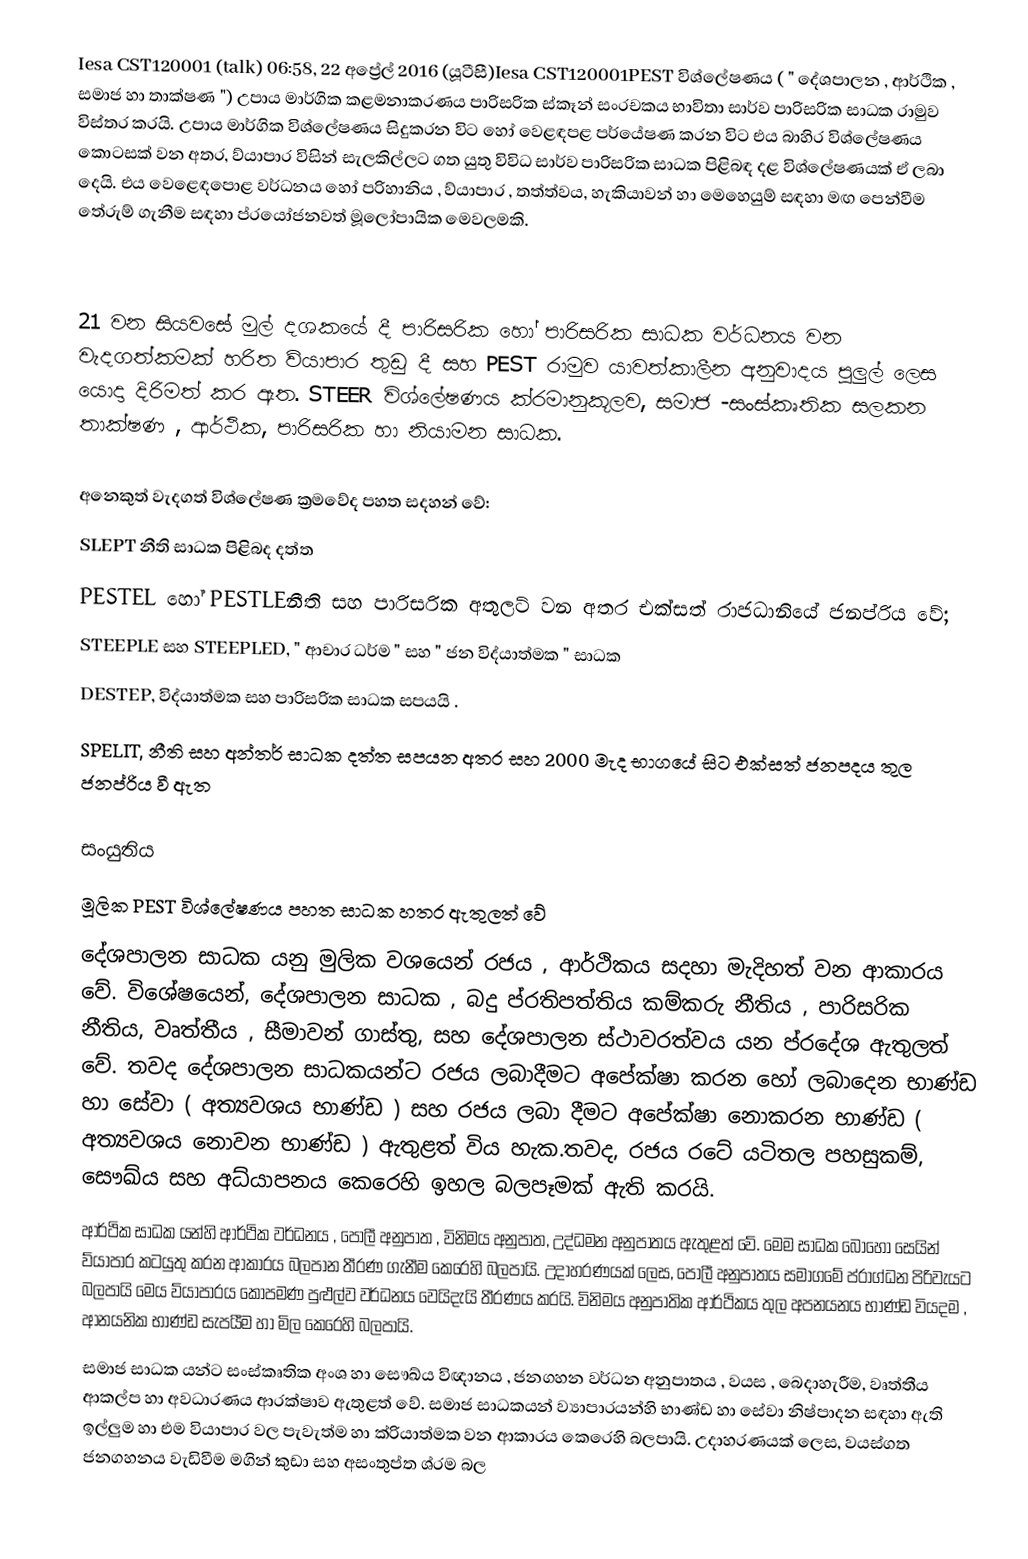
Iesa CST120001 (talk) 06:58, 22 අප්‍රේල් 2016 (යූටීසී)Iesa CST120001PEST විශ්ලේෂණය ( " දේශපාලන , ආර්ථික , සමාජ හා තාක්ෂණ ") උපාය මාර්ගික කළමනාකරණය පාරිසරික ස්කෑන් සංරචකය භාවිතා සාර්ව පාරිසරික සාධක රාමුව විස්තර කරයි. උපාය මාර්ගික විශ්ලේෂණය සිදුකරන විට  හෝ වෙළඳපළ පර්යේෂණ කරන විට එය බාහිර විශ්ලේෂණය කොටසක් වන අතර, ව්යාපාර විසින් සැලකිල්ලට ගත යුතු විවිධ සාර්ව පාරිසරික සාධක පිළිබඳ දළ විශ්ලේෂණයක්  ඒ ලබා දෙයි. එය වෙළෙඳපොළ වර්ධනය හෝ පරිහානිය , ව්යාපාර , තත්ත්වය, හැකියාවන් හා මෙහෙයුම් සඳහා මඟ පෙන්වීම තේරුම් ගැනීම සඳහා ප්රයෝජනවත් මූලෝපායික මෙවලමකි.

 

21 වන සියවසේ මුල් දශකයේ දී පාරිසරික හෝ පාරිසරික සාධක වර්ධනය වන වැදගත්කමක් හරිත ව්යාපාර තුඩු දී සහ PEST රාමුව යාවත්කාලීන අනුවාදය පුලුල් ලෙස යොදා දිරිමත් කර ඇත. STEER විශ්ලේෂණය ක්රමානුකූලව, සමාජ -සංස්කෘතික සලකන තාක්ෂණ , ආර්ථික, පාරිසරික හා නියාමන සාධක.  

අනෙකුත් වැදගත් විශ්ලේෂණ ක්‍රමවේද  පහත සදහන් වේ: 
 SLEPT නීති සාධක පිළිබද දත්ත
 PESTEL හෝ PESTLEනීති සහ පාරිසරික අතුලට් වන අතර එක්සත් රාජධානියේ ජනප්රිය වේ;
 STEEPLE සහ STEEPLED, " ආචාර ධර්ම " සහ " ජන විද්යාත්මක " සාධක
 DESTEP, විද්යාත්මක සහ පාරිසරික සාධක සපයයි .
 SPELIT, නීති සහ අන්තර් සාධක දත්ත  සපයන අතර  සහ 2000 මැද භාගයේ  සිට එක්සත් ජනපදය තුල ජනප්රිය වී ඇත

සංයුතිය
මූලික PEST විශ්ලේෂණය  පහත සාධක හතර ඇතුලත් වේ
 දේශපාලන සාධක  යනු  මුලික වශයෙන් රජය , ආර්ථිකය සදහා  මැදිහත් වන ආකාරය වේ. විශේෂයෙන්, දේශපාලන සාධක , බදු ප්රතිපත්තිය කම්කරු නීතිය , පාරිසරික නීතිය, වෘත්තීය , සීමාවන් ගාස්තු, සහ දේශපාලන ස්ථාවරත්වය යන ප්රදේශ ඇතුලත් වේ. තවද දේශපාලන සාධකයන්ට​​ රජය ලබාදීමට අපේක්ෂා කරන  හෝ ලබාදෙන  භාණ්ඩ හා සේවා ( අත්‍යවශය භාණ්ඩ  ) සහ රජය ලබා දීමට  අපේක්ෂා නොකරන භාණ්ඩ  ( අත්‍යවශය  නොවන භාණ්ඩ ) ඇතුළත් විය හැක.තවද, රජය රටේ  යටිතල පහසුකම්, සෞඛ්ය සහ  අධ්යාපනය කෙරෙහි ඉහල බලපෑමක් ඇති කරයි. 
 ආර්ථික සාධක යන්හි ආර්ථික වර්ධනය , පොලී අනුපාත , විනිමය අනුපාත, උද්ධමන අනුපාතය ඇතුළත් වේ. මෙම සාධක බොහෝ සෙයින් ව්යාපාර කටයුතු කරන ආකාරය බලපාන තීරණ ගැනීම කෙරෙහි බලපායි. උදාහරණයක් ලෙස, පොලී අනුපාතය සමාගමේ ප්රාග්ධන  පිරිවැයට  බලපායි මෙය  ව්යාපාරය කොපමණ පුළුල්ව  වර්ධනය වෙයිදැයි තීරණය කරයි. විනිමය අනුපාතික ආර්ථිකය තුල  අපනයනය භාණ්ඩ වියදම , ආනයනික භාණ්ඩ සැපයීම හා මිල කෙරෙහි බලපායි.  
 සමාජ සාධක යන්ට සංස්කෘතික අංශ හා සෞඛ්ය විඥානය , ජනගහන වර්ධන අනුපාතය , වයස , බෙදාහැරීම, වෘත්තීය ආකල්ප හා අවධාරණය ආරක්ෂාව ඇතුළත් වේ. සමාජ සාධකයන් ව්‍යාපාරයන්හි භාණ්ඩ හා සේවා නිෂ්පාදන සඳහා ඇති ඉල්ලුම හා එම වියාපාර වල පැවැත්ම හා  ක්රියාත්මක වන ආකාරය කෙරෙහි බලපායි.  උදාහරණයක් ලෙස, වයස්ගත ජනගහනය වැඩිවීම  මගින්  කුඩා සහ අසංතුප්ත  ශ්රම බල